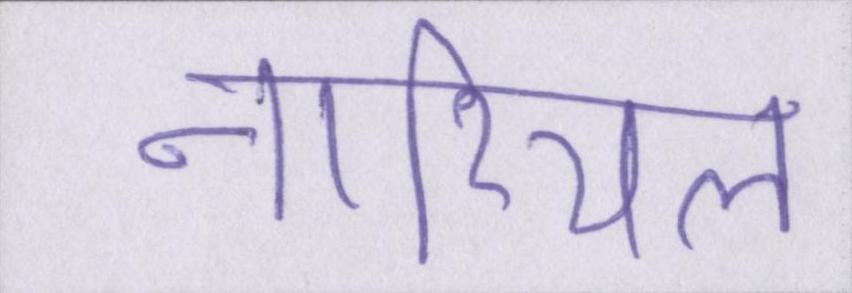
नारियल